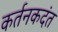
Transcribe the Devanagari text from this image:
कर्तनकदंत